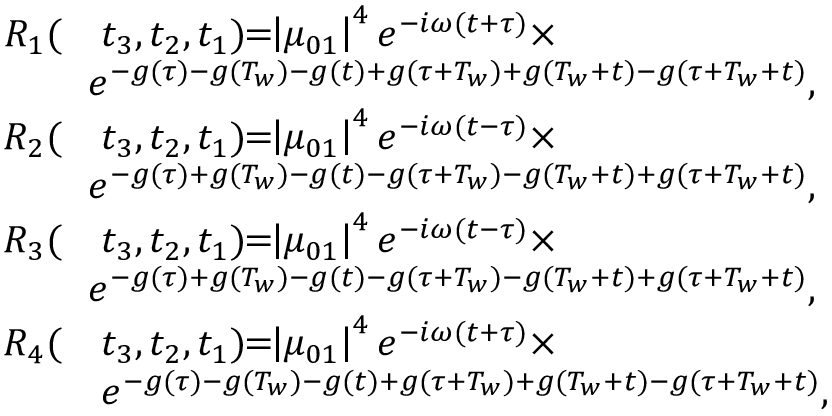
\begin{array} { r l } { R _ { 1 } ( } & { t _ { 3 } , t _ { 2 } , t _ { 1 } ) \! \! = \! \! \left| \mu _ { 0 1 } \right| ^ { 4 } e ^ { - i \omega ( t + \tau ) } \times } \\ { \! \! } & { \! \! e ^ { - g ( \tau ) - g ( T _ { w } ) - g ( t ) + g ( \tau + T _ { w } ) + g ( T _ { w } + t ) - g ( \tau + T _ { w } + t ) } , } \\ { R _ { 2 } ( } & { t _ { 3 } , t _ { 2 } , t _ { 1 } ) \! \! = \! \! \left| \mu _ { 0 1 } \right| ^ { 4 } e ^ { - i \omega ( t - \tau ) } \times } \\ { \! \! } & { \! \! e ^ { - g ( \tau ) + g ( T _ { w } ) - g ( t ) - g ( \tau + T _ { w } ) - g ( T _ { w } + t ) + g ( \tau + T _ { w } + t ) } , } \\ { R _ { 3 } ( } & { t _ { 3 } , t _ { 2 } , t _ { 1 } ) \! \! = \! \! \left| \mu _ { 0 1 } \right| ^ { 4 } e ^ { - i \omega ( t - \tau ) } \times } \\ { \! \! } & { \! \! e ^ { - g ( \tau ) + g ( T _ { w } ) - g ( t ) - g ( \tau + T _ { w } ) - g ( T _ { w } + t ) + g ( \tau + T _ { w } + t ) } , } \\ { R _ { 4 } ( } & { t _ { 3 } , t _ { 2 } , t _ { 1 } ) \! \! = \! \! \left| \mu _ { 0 1 } \right| ^ { 4 } e ^ { - i \omega ( t + \tau ) } \times } \\ & { e ^ { - g ( \tau ) - g ( T _ { w } ) - g ( t ) + g ( \tau + T _ { w } ) + g ( T _ { w } + t ) - g ( \tau + T _ { w } + t ) } , } \end{array}